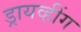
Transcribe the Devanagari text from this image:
ड्रायव्हींग